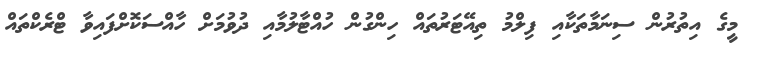
މީގެ އިތުރުން ސިނަމާތަކާއި ފިލްމު ތިއޭޓަރުތައް ހިންގުން ހުއްޓާލުމާއި ދުވުމަށް ހާއްސަކޮށްފައިވާ ޓްރެކްތައް